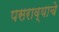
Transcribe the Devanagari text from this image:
पसराव्याचे